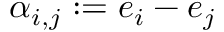
\alpha _ { i , j } : = e _ { i } - e _ { j }